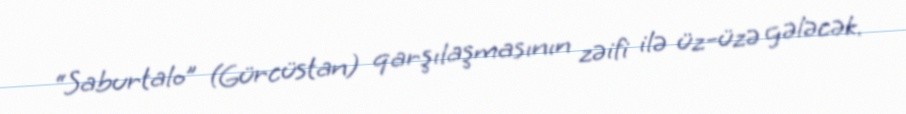
“Saburtalo” (Gürcüstan) qarşılaşmasının zəifi ilə üz-üzə gələcək.